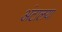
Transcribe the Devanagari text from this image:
अंटालया